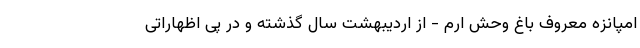
امپانزه معروف باغ وحش ارم - از اردیبهشت سال گذشته و در ‌پی اظهاراتی